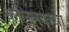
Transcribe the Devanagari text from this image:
कलिलवस्था